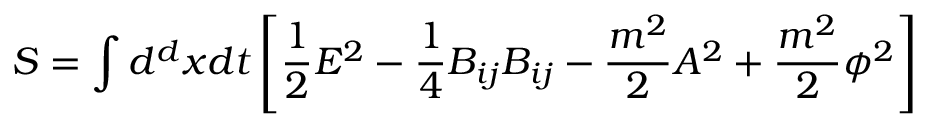
S = \int d ^ { d } x d t \left[ { \frac { 1 } { 2 } } E ^ { 2 } - { \frac { 1 } { 4 } } B _ { i j } B _ { i j } - { \frac { m ^ { 2 } } { 2 } } A ^ { 2 } + { \frac { m ^ { 2 } } { 2 } } \phi ^ { 2 } \right]